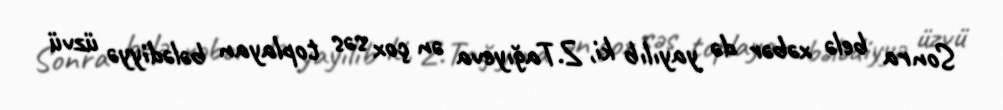
Sonra belə xəbər də yayılıb ki, Z.Tağıyeva ən çox səs toplayan bələdiyyə üzvü